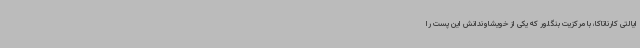
ایالتی کارناتاکا، با مرکزیت بنگلور که یکی از خویشاوندانش این پست را